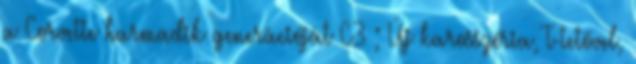
a Corvette harmadik generációját C3 ; Új karosszéria, T-tetővel,